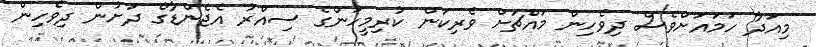
މިއަދާ ހަމައަށްވެސް ދިވެހިން މައްޗަށް ވެރިކަން ކުރިމީހުންގެ ސިއްރު އެޖެންޑާގެ ދަށުން ދިވެހިން